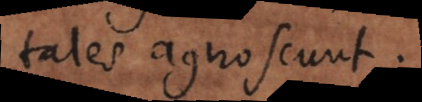
tales agnoscunt.